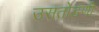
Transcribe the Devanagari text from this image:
उसतोडणी